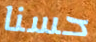
حسنا